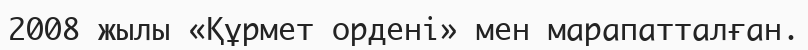
2008 жылы «Құрмет ордені» мен марапатталған.